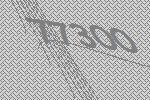
77300